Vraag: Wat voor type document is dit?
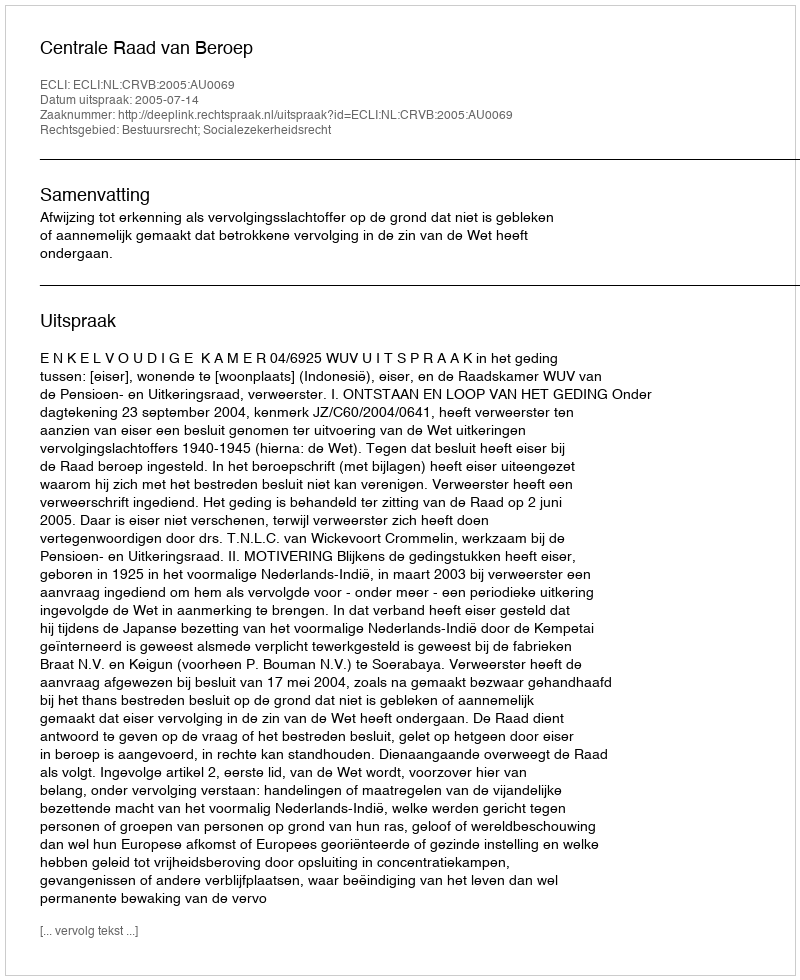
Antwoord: Uitspraak